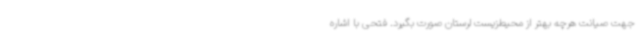
جهت صیانت هرچه بهتر از محیط‌زیست لرستان صورت بگیرد. فتحی با اشاره